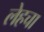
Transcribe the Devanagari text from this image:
लेहचा